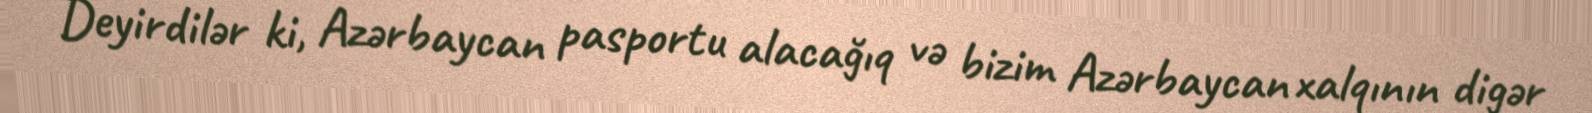
Deyirdilər ki, Azərbaycan pasportu alacağıq və bizim Azərbaycan xalqının digər